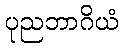
ပုညဘာဂိယံ